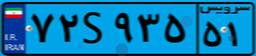
۶۱S۳۶۳۱۸